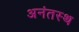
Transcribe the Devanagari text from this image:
अनंतस्थ